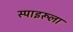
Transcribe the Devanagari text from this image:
स्पाइरूला